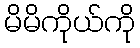
မိမိကိုယ်ကို